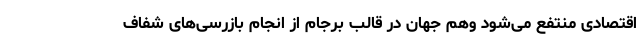
اقتصادی منتفع می‌شود وهم جهان در قالب برجام از انجام بازرسی‌های شفاف